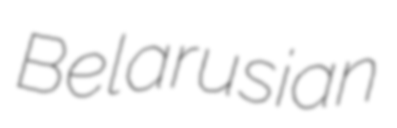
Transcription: Belarusian